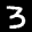
Label: 3